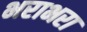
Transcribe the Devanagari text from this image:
भराभरा